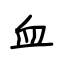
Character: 血